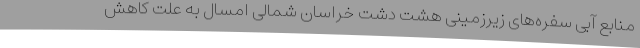
منابع آبی سفره‌های زیرزمینی هشت دشت خراسان شمالی امسال به علت کاهش